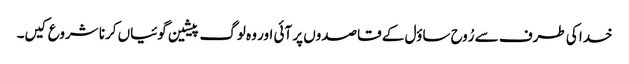
خدا کی طرف سے رُوح ساؤل کے قاصدوں پر آئی اور وہ لوگ پیشین گوئیاں کرنا شروع کیں۔